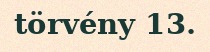
törvény 13.